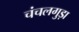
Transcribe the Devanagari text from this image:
चंचलगुड़ा